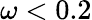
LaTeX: \omega<0.2